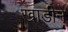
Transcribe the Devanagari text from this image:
खाडीने